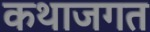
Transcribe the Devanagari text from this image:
कथाजगत